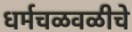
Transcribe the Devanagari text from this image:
धर्मचळवळीचे